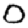
Digit: 0